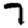
Digit: 7